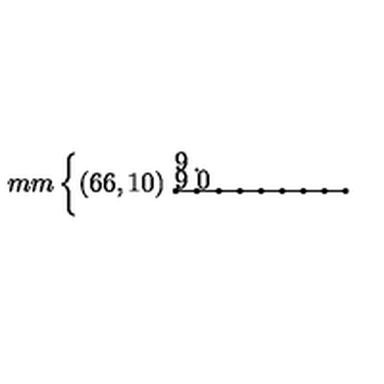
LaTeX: \unitlength 1 m m \left\{ \begin{picture} { ( 6 6 , 1 0 ) \multiput ( 1 , 0 ) ( 8 , 0 ) { 9 } { \circle * { 2 } } \put ( 4 9 , 8 ) { \circle * { 2 } } \multiput ( 2 , 0 ) ( 8 , 0 ) { 8 } { \line ( 1 , 0 ) { 6 } } \put ( 4 9 , 1 ) { \line ( 0 , 1 ) { 6 } } } \\ \end{picture} \right.